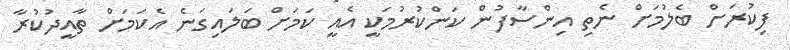
ފިކުރަށް ބެލުމަށް ނެތި އިންސާފުން ކަންކުރުމަކީ އެއީ ކަމަށް ބަލައިގަނެ އެކަމަށް ތާއީދުކުރާ